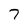
Character: 7